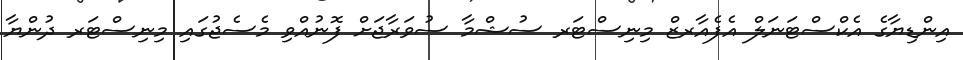
އިންޑިޔާގެ އެކްސްޓަނަލް އެފެއާރޒް މިނިސްޓަރ ސުޝްމާ ސުވަރާޖަށް ފޮނުއްވި މެސެޖުގައި މިނިސްޓަރ ދުންޔާ